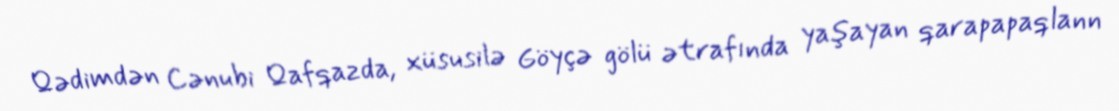
Qədimdən Cənubi Qafqazda, xüsusilə Göyçə gölü ətrafında yaşayan qarapapaqlann